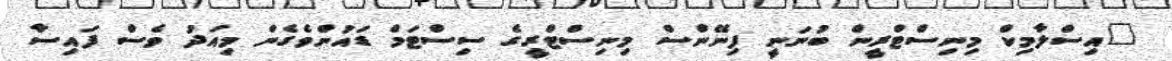
"އިސްލާމިކް މިނިސްޓްރީން ބުނަނީ ފިނޭންސް މިނިސްޓްރީގެ ސިސްޓަމް ޑައުންވެގެން މިއަދު ވެސް ފައިސާ